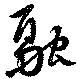
融